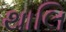
થાલિ